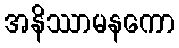
အနိဿာမနကော